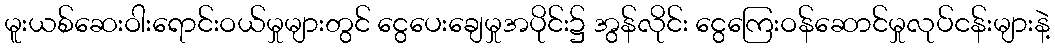
မူးယစ်ဆေးဝါးရောင်းဝယ်မှုများတွင် ငွေပေးချေမှုအပိုင်း၌ အွန်လိုင်း ငွေကြေးဝန်ဆောင်မှုလုပ်ငန်းများနဲ့